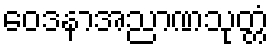
ဝေဒနာအညာဏသုတ္တံ